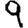
Digit: 9